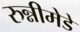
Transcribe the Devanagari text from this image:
रुन्नीमेडे